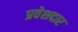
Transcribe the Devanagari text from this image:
प्रवेशदार